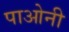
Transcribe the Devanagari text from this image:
पाओनी